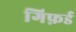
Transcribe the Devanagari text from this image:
गिफ़र्ड